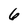
Character: 6